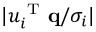
| u _ { i } ^ { \mathrm { ~ T ~ } } \mathbf { q } / \sigma _ { i } |